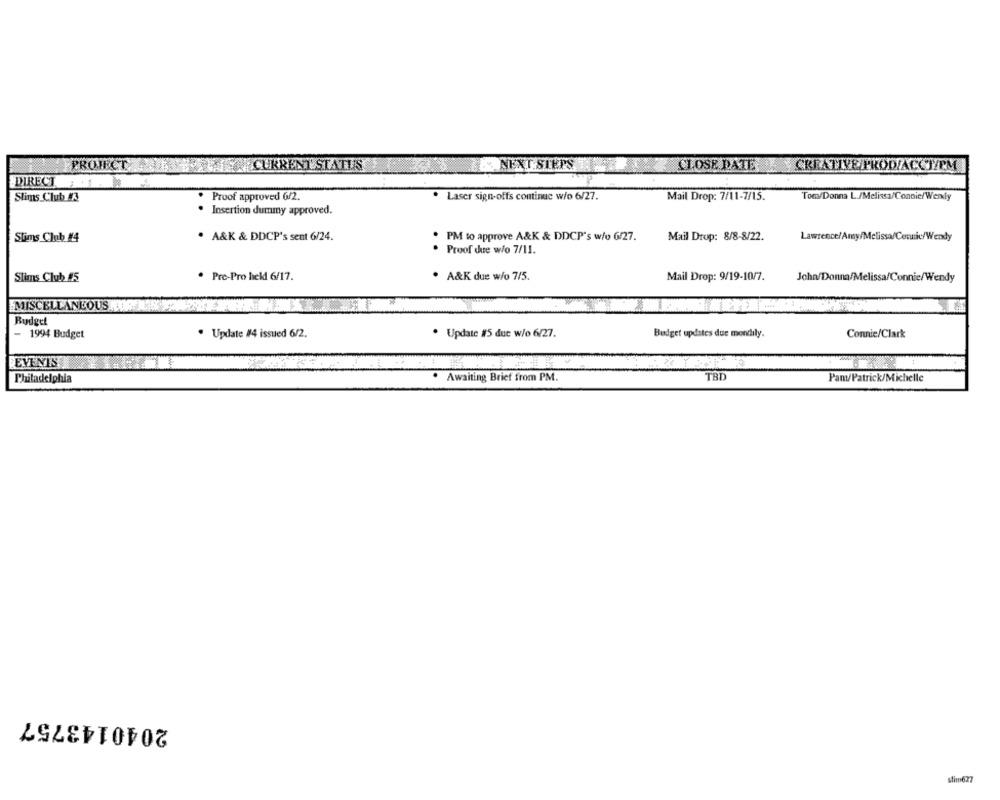
PROJECT
CURRENT STATUS
NEXT STEPS
CLOSE DATE
CREATIVE/PROD/ACCT/PM
DIRECT
Slims Club 3
Proof approved 6/2.
Laser sign-offs continue w/o 6/27.
Mail Drop: 7/11-7/15.
Tom/Donna L./Melissa/Connie/Wendy
· Insertion dummy approved.
Stims Club #4
. A&K & DDCP's sent 6/24.
PM to approve A&K & DDCP's w/o 6/27.
Mail Drop: 8/8-8/22.
· Proof due w/o 7/11.
Stians Club #5
· Pre-Pro hek 6/17.
. A&K due w/o 7/5.
Mail Drop: 9/19-10/7.
John/Donna/Melissa/Connie/Wendy
MISCELLANEOUS
Budget
1994 Budget
· Update #4 issued 6/2.
· Update #5 due w/o 6/27.
Budget updates due mondily.
Connie/Clark
EVENTS
TBD
Pam/Patrick/Michelle
Philadelphia
Awaiting Brief from PM.
2040143757
stim6?